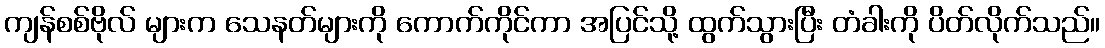
ကျန်စစ်ဗိုလ် များက သေနတ်များကို ကောက်ကိုင်ကာ အပြင်သို့ ထွက်သွားပြီး တံခါးကို ပိတ်လိုက်သည်။